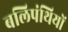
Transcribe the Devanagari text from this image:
बलिपंथियों